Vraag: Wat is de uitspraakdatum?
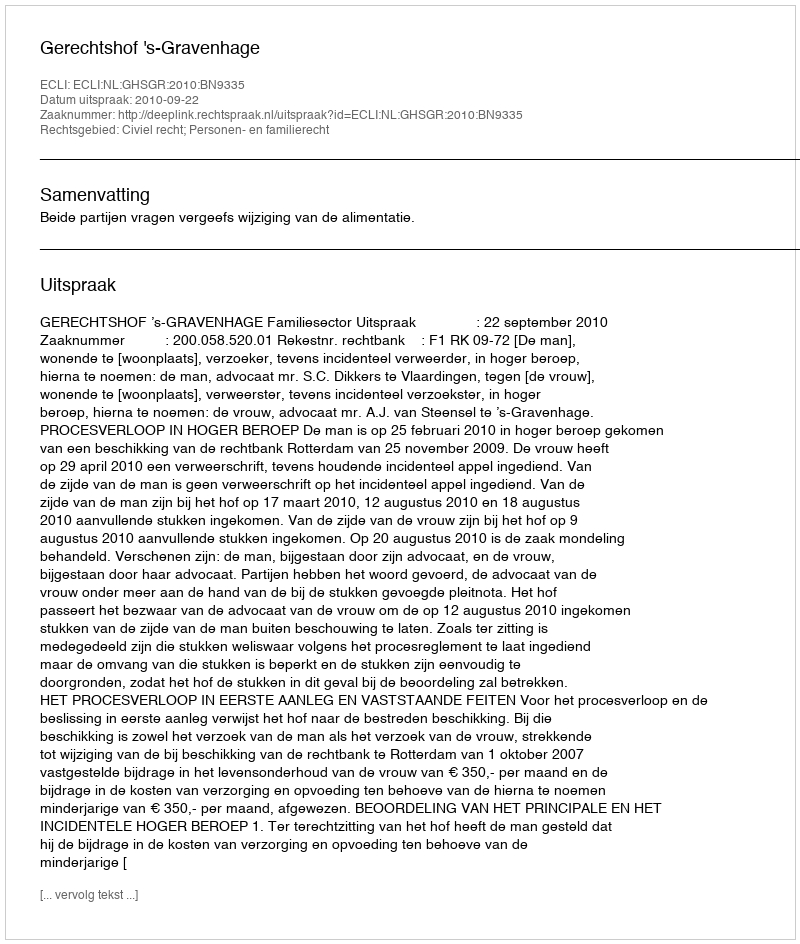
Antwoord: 2010-09-22